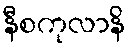
နီစကုလာနိ